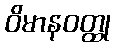
ဝိမာနဝတ္ထု